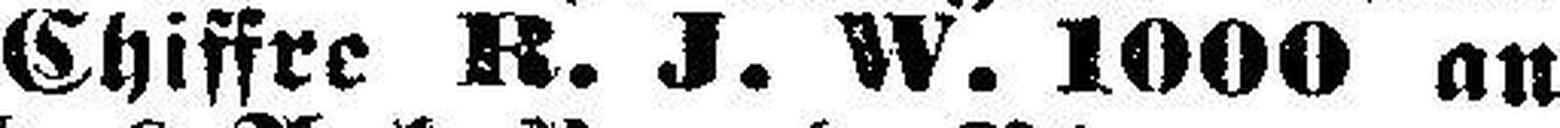
Chiffre R. J. W. 1000 an